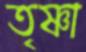
তৃষ্ণা